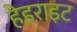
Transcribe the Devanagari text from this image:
हेडराइट